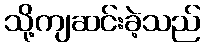
သို့ကျဆင်းခဲ့သည်